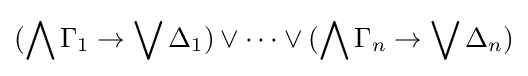
(\bigwedge \Gamma _{1}\rightarrow \bigvee \Delta _{1})\lor \dots \lor (\bigwedge \Gamma _{n}\rightarrow \bigvee \Delta _{n})